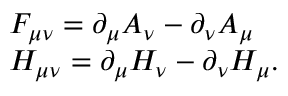
\begin{array} { l l } { { F _ { \mu \nu } = \partial _ { \mu } A _ { \nu } - \partial _ { \nu } A _ { \mu } } } \\ { { H _ { \mu \nu } = \partial _ { \mu } H _ { \nu } - \partial _ { \nu } H _ { \mu } . } } \end{array}